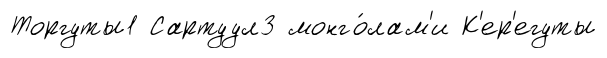
Торгуты1 Сартуул3 монго́лам'и К'ер'егуты